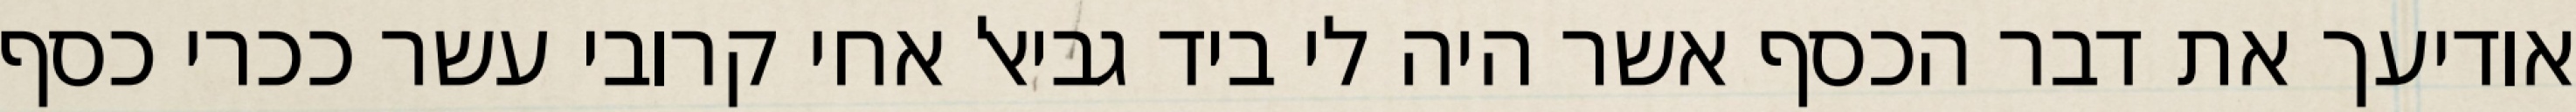
אודיעך את דבר הכסף אשר היה לי ביד גביאל אחי קרובי עשר ככרי כסף